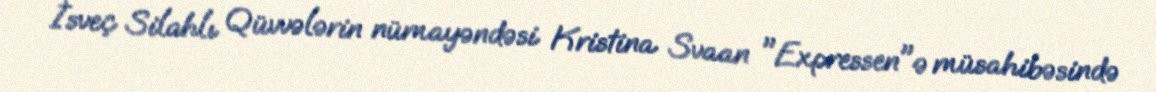
İsveç Silahlı Qüvvələrin nümayəndəsi Kristina Svaan "Expressen"ə müsahibəsində